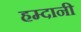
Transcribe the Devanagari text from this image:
हम्दानी